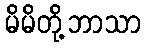
မိမိတို့ဘာသာ